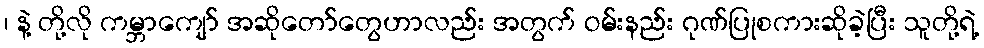
၊ နဲ့ တို့လို ကမ္ဘာကျော် အဆိုတော်တွေဟာလည်း အတွက် ဝမ်းနည်း ဂုဏ်ပြုစကားဆိုခဲ့ပြီး သူတို့ရဲ့